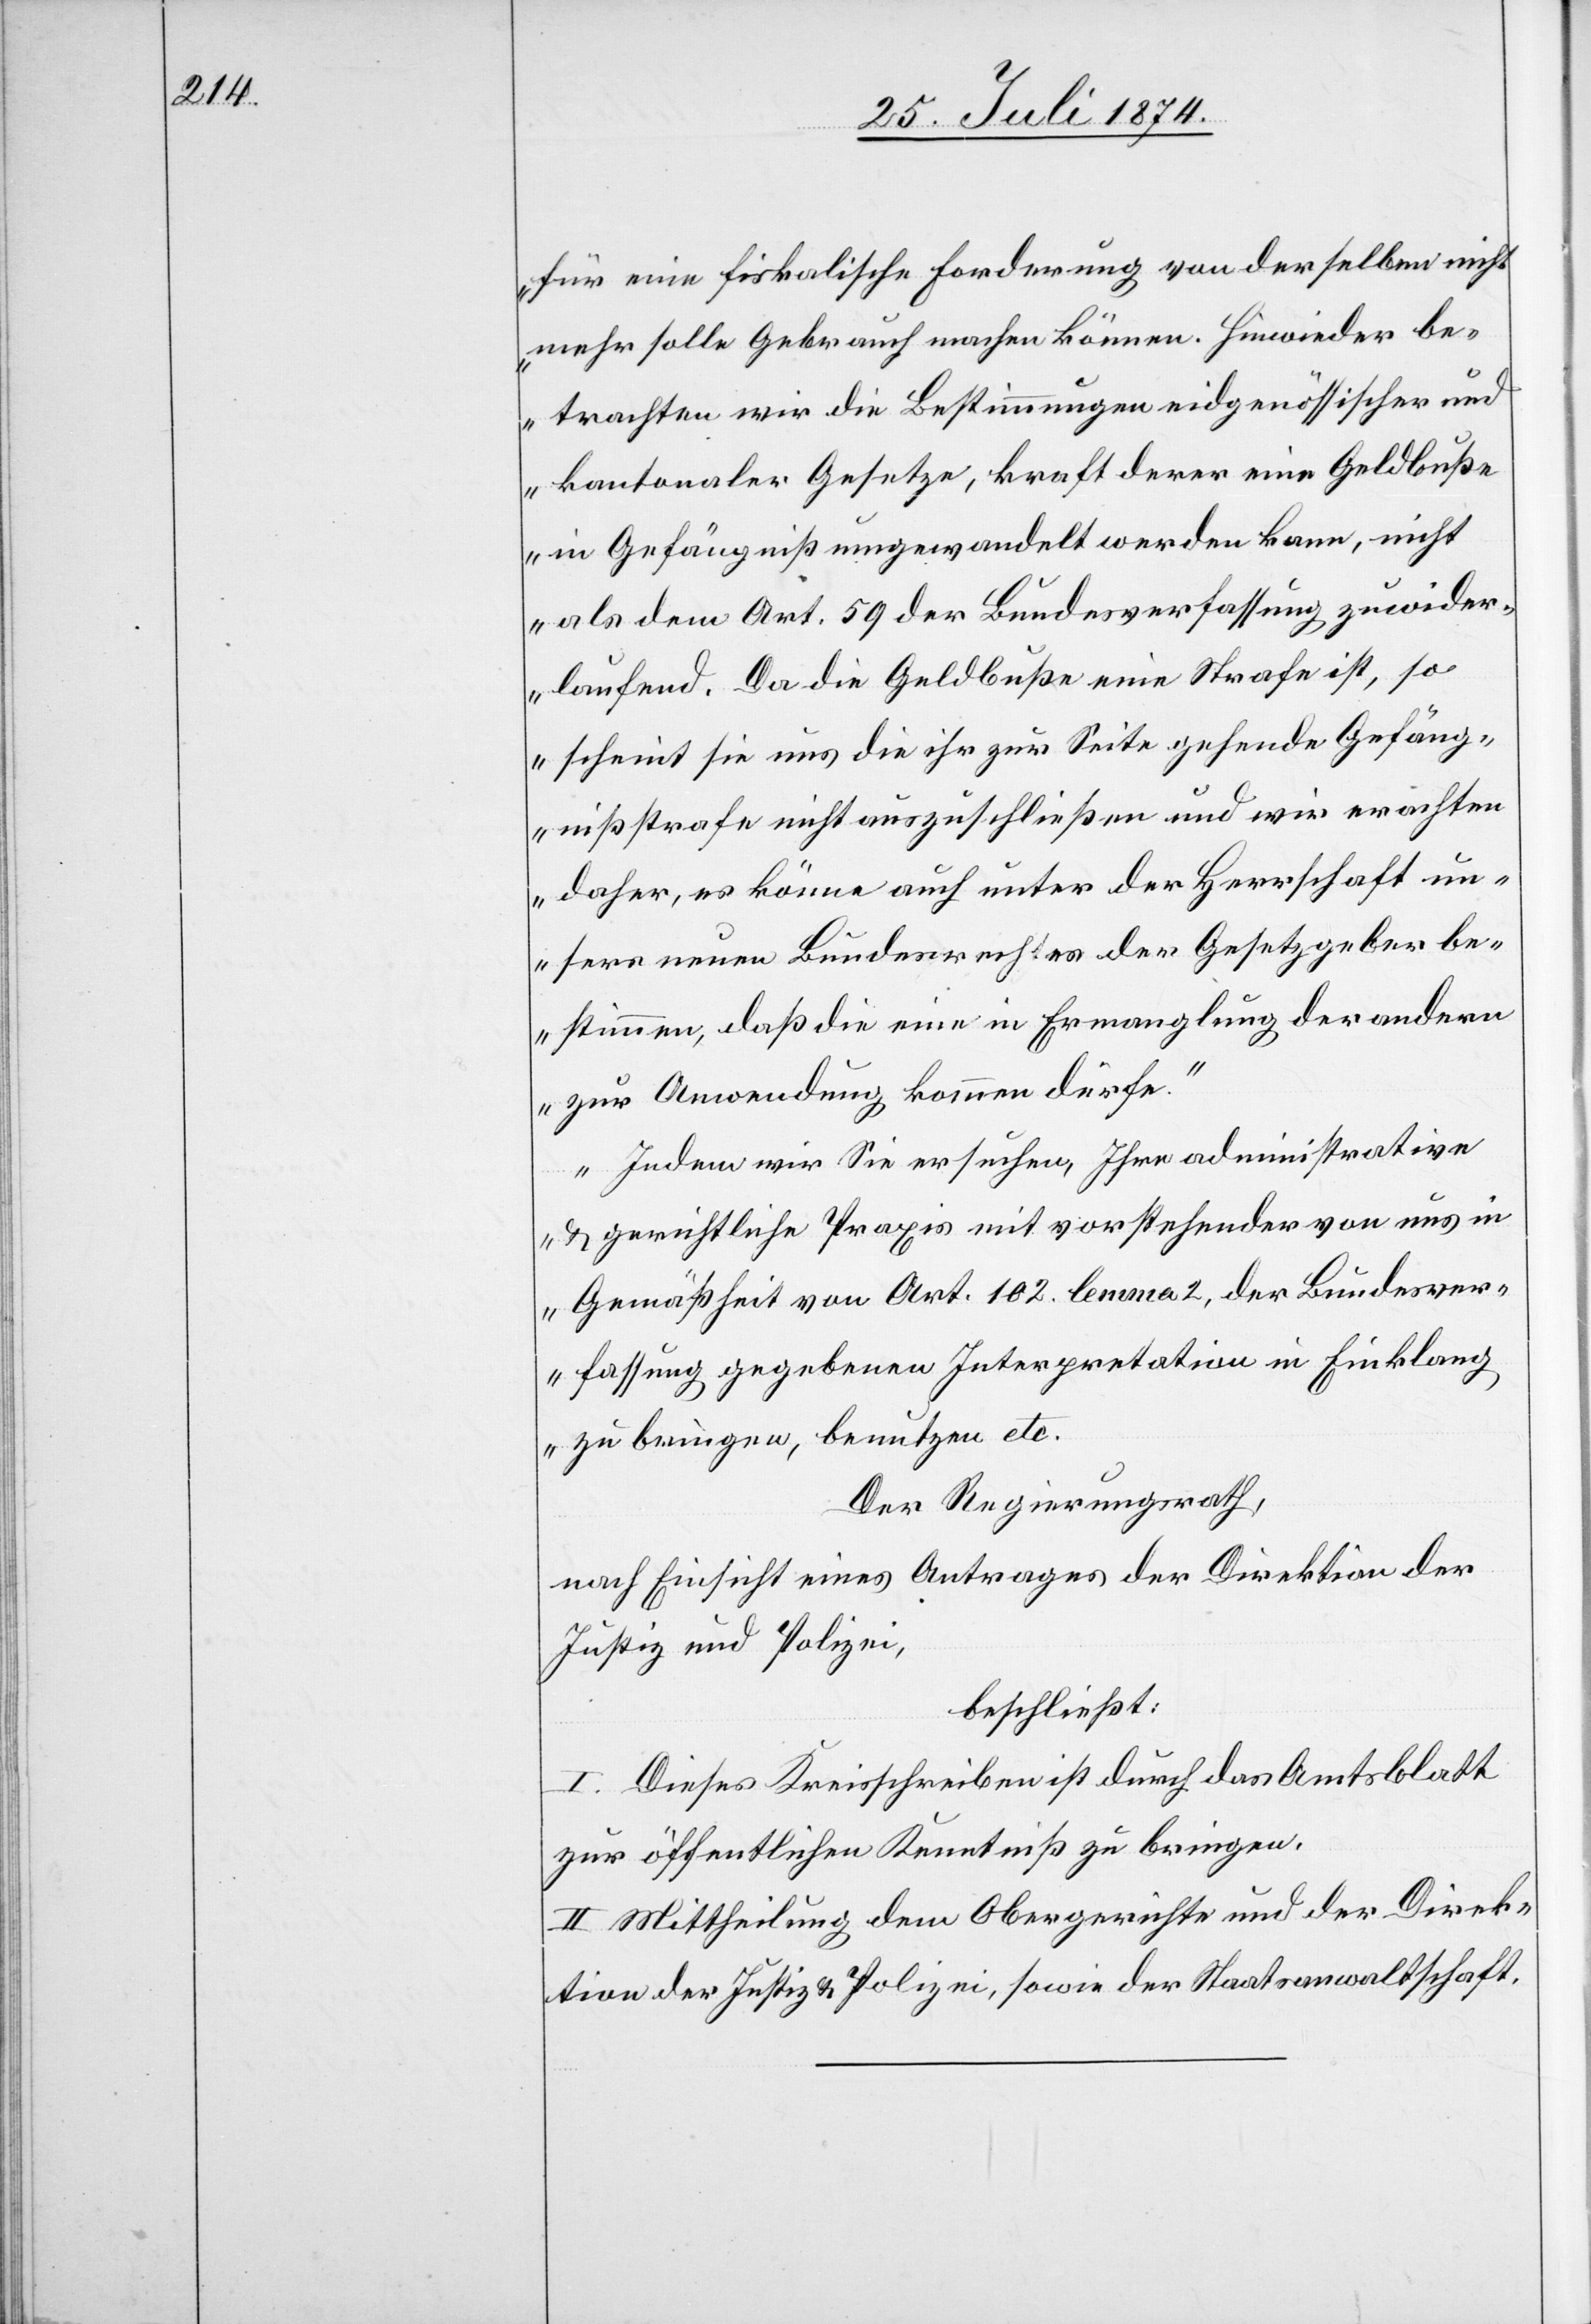
für eine fiskalische Forderung von derselben nicht
mehr solle Gebrauch machen können. Hinwieder be¬
trachten wir die Bestimmungen eidgenössischer und
kantonaler Gesetze, kraft derer eine Geldbuße
in Gefängniß umgewandelt werden kann, nicht
als dem Art. 59 der Bundesverfassung zuwider¬
laufend. Da die Geldbuße eine Strafe ist, so
scheint sie uns die ihr zur Seite gehende Gefäng¬
nißstrafe nicht auszuschließen und wir erachten
daher, es könne auch unter der Herrschaft un¬
sers neuen Bundesrechtes der Gesetzgeber be¬
stimmen, daß die eine in Ermanglung der andern
zur Anwendung kommen dürfe.
Indem wir Sie ersuchen, Ihre administrative
u. gerichtliche Praxis mit vorstehender von uns in
Gemäßheit von Art. 102 lemma 2, der Bundesver¬
fassung gegebenen Interpretation in Einklang
zu bringen, benutzen etc.[“]
Der Regierungsrath,
nach Einsicht eines Antrages der Direktion er
Justiz und Polizei,
beschließt:
I. Dieses Kreisschreiben ist durch das Amtsblatt
zur öffentlichen Kenntniß zu bringen.
II. Mittheilung dem Obergerichte und der Direk¬
tion der Justiz u. Polizei, sowie der Staatsanwaltschaft.